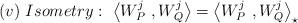
LaTeX: \begin{align*}(v) \ Isometry : \ \left\langle W_{P}^{j} \ ,W_{Q}^{j}\right\rangle =\left\langle W_{P}^{j} \ ,W_{Q}^{j}\right\rangle _{\star}\end{align*}